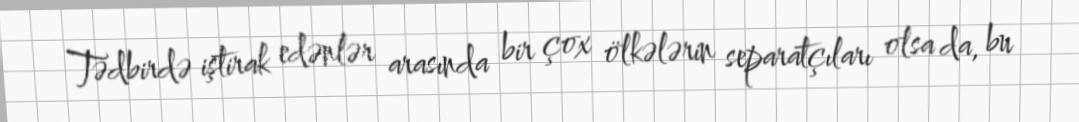
Tədbirdə iştirak edənlər arasında bir çox ölkələrin separatçıları olsa da, bu